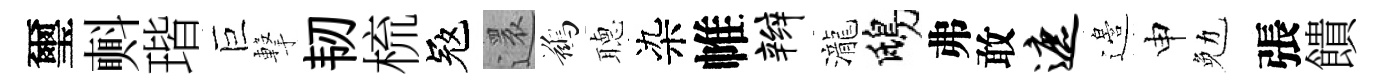
璽㪺瑎巨撃韧梳冦還鷀𦗟染帷辫瀧鴟弗敢遮邉申勉張饋